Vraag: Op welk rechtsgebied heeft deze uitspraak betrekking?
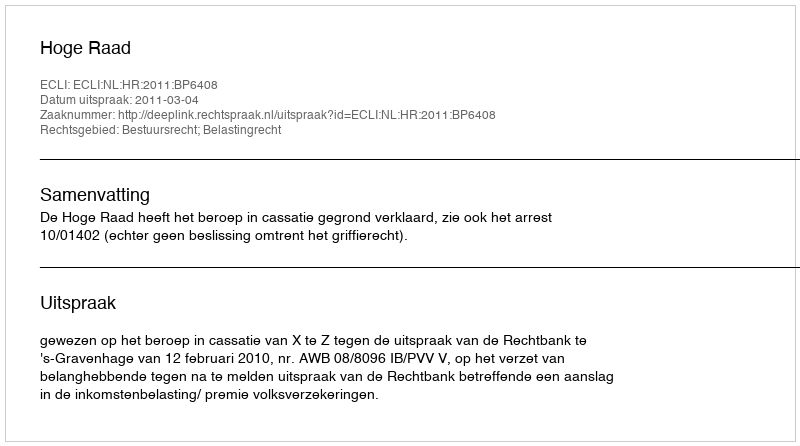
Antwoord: Bestuursrecht; Belastingrecht